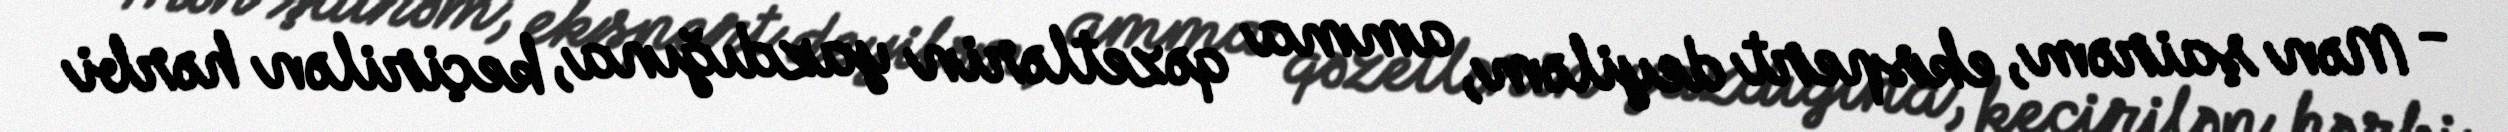
- Mən şairəm, ekspert deyiləm, amma qəzetlərin yazdığına, keçirilən hərbi